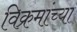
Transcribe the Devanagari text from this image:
विक्रमांच्या